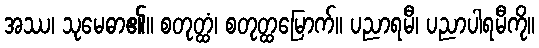
အဿ၊ သုမေဓာ၏။ စတုတ္ထံ၊ စတုတ္ထမြောက်။ ပညာရမီ၊ ပညာပါရမီကို။